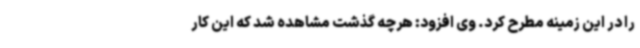
را در این زمینه مطرح کرد. وی افزود: هرچه گذشت مشاهده شد که این کار